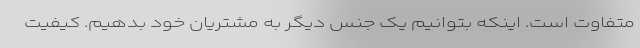
متفاوت است. اینکه بتوانیم یک جنس دیگر به مشتریان خود بدهیم. کیفیت